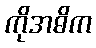
ကိုအဓိက